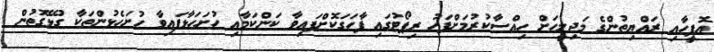
އޮފީހާއި ރައްޔިތުންގެ މަޖިލީހަށް ހިއްސާކުރުމަށްފަހު ރިޕޯޓުގައި ފާހަގަކޮށްފައިވާ ކަންކަމާއި ހުށަހަޅާފައިވާ ހުށަހެޅުންތަކާ ގުޅޭގޮތުން